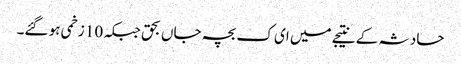
حادثہ کے نتیجے میں ای ک بچہ جاں بحق جبکہ 10 زخمی ہو گئے۔